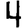
Digit: 4